Calcutta medical institutions reports 1871-78
Year: 1871
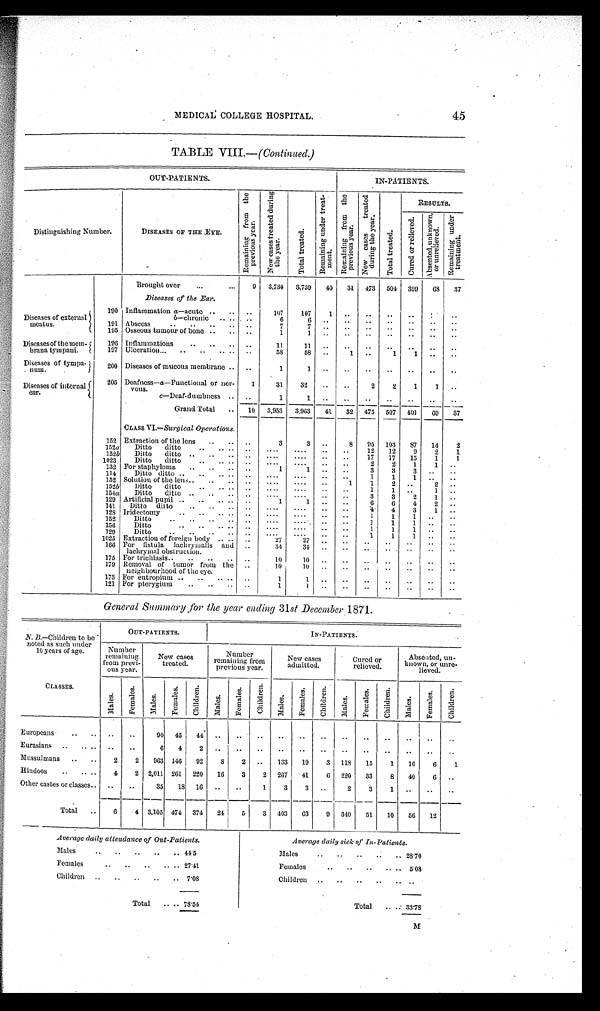
45
MEDICAL COLLEGE HOSPITAL.
TABLE VIII.— (Continued.)
OUT-PATIENTS.
IN-PATIENTS.
Distinguishing Number.
DISEASES OF THE EYE.
R e m a i n i n g f r o m t h e
p r e v i o u s y e a r .
N e w c a s e s t r e a t e d d u r i n g
t h e y e a r .
T o t a l t r e a t e d .
R e m a i n i n g u n d e r t r e a t -
ment .
R e m a i n i n g f r o m t h e
p r e v i o u s y e a r . N e w c a s e s t r e a t e d
d u r i n g t h e y e a r .
T o t a l t r e a t e d .
RESULTS.
C u r e d o r r e l i e v e d . A b s e n t e d , u n k n o w n ,
o r u n r e l i e v e d . R e m a i n i n g u n d e r
t r e a t me n t .
Brought over
. . .
. . . 9 3,730 3,739 40 31 473 504 399 68 37
Diseases of the Ear.
Diseases of external
meatus.
190 Inflammation a—acute .. .. ..
107 107
1
. .
. .
. .
. .
. . ..
b—c h r o n i c .. ..
6
6
. .
. .
. .
. .
. .
. .
. . ..
191 Abscess
.. .. .. .. ..
7
7
. .
. .
. .
. .
. .
. . ..
195 Osseous tumour of bone .. .. ..
1
1
. .
. .
. .
. .
. .
. . ..
Diseases of the mem-
brana tympani.
196 Inflammations .. .. .. ..
11
1 1
. .
. .
. .
. .
. .
. . ..
197 Ulceration... .. .. .. .. ..
58
58 ..
1 ..
1 1 .. ..
Diseases of tympa-
num.
200 Diseases of mucous membrane .. ..
1
1
. .
. . . .
. .
. .
. . ..
Diseases of internal
ear.
205 Deafness—a—Functional or ner-
vous.
1
31 32 .. ..
2 2 1 1 ..
c—D e a f - d u m b n e s s .. ..
1
1
. .
. .
. .
. .
. .
. . ..
Grand Total .. 10 3,953 3,963 41 32 475 507 401 69 37
CLASS VI.—Surgical Operations.
152 Extraction of the lens .. .. ..
3
3 ..
8 95 103 87 14 2
152a Ditto ditto
. . . . . . .. .... .... .. ..
12 12 9 2 1
152 b Ditto ditto .. .. .. . .
....
. . . . . .
. . 17 17 15 1 1
1023 Ditto ditto
.. .. .. .. .... .... .. ..
2 2 1 1 ..
132 For staphyloma .. .. .. ..
1
1
. .
. . 3 3 3 .. ..
114 Ditto ditto .. .. .. .. .. .... ....
. . ..
1 1 1 .. ..
152 Solution of the lens .. .. .. ..
....
. . . . ..
1 1 2 ..
2 ..
152 b Ditto ditto .. .. .. .. .... .... .. ..
1 1 ..
1 ..
154a Ditto ditto .. ..
. . .. .... .... .. ..
3 3 2 1 ..
129 Artificial pupil .. .. .. .. ..
1 1
. .
. . 6 6 4 2 ..
141 Ditto ditto .. .. .. .. .... .... .. ..
4 4 3 1 ..
128 Iridectomy
.. .. .. .. .. .... .... .. ..
1
1 1 .. ..
152 Ditto
.. .. .. .. .. .... .... .. ..
1
1 1
. . ..
156 Ditto
. . . . . . . . .. ....
. . . . .. ..
1
1 1
. . ..
129 Ditto .. .. ..
. . .. .... .... .. ..
1 1 1
. . ..
1025 Extraction of foreign body .. .. ..
27
27
. .
. . . . .. .. .. ..
166 For fistula lachrymalis and
lachrymal obstruction.
..
34
3 4
. .
. . . .
. . . .
. . ..
175 For trichiasis . . .. .. .. ..
10
10
. .
. . . .
. . . .
. . ..
179 Removal of tumor from the
neighbourhood of the eye.
..
10
10 ..
. . . .
. . . .
. .
. .
173 For entropium .. .. .. .. ..
1
1
. .
. .
. .
. .
. .
. .
..
121 For pterygium .. .. .. ..
1 1
. .
. .
. .
. .
. .
. .
..
General Summary for the year ending 31 st December 1871.
N. B.—Children to be
noted as such under
10 years of age.
OUT-PATIENTS.
IN-PATIENTS.
Number
remaining
from previ-
ous year.
New cases
treated.
Number
remaining from
previous year.
New cases
admitted.
Cured or
relieved.
Absented, un-
known, or unre-
lieved.
CLASSES.
M a l e s .
F e m a l e s .
M a l e s .
F e m a l e s .
C h i l d r e n .
M a l e s .
F e m a l e s .
C h i l d r e n .
M a l e s .
F e m a l e s . C h i l d r e n .
M a l e s .
F e m a l e s . C h i l d r e n .
M a l e s .
F e m a l e s .
C h i l d r e n .
Europeans ..
. . .. ..
90 45 44 . . . .
. .
. .
. . . . ..
. . . . . .
. .
. .
Eurasians .. .. .. .. .. 6 4 2
. . . .
. .
. .
. . . . ..
. . . . . .
. .
. .
Mussulmans .. .. 2 2 963 146 92 8 2 .. 133 19 3 118 15 1 16 6 1
Hindoos .. .. .. 4 2 2,011 261 220 16 3 2 267 41 6 220 33 8 40 6 ..
Other castes or classes . . .. ..
35 18 16 .. ..
1 3 3 ..
2 3
1
. .
. . . .
Total .. 6 4 3,105 474 374 24 5 3 403 63 9 i340 51 10 56 12
Average daily attendance of Out-Patients.
Average daily sick of In-Patients.
Males
.. .. .. .. .. 4 4 . 5
Males
.. .. .. .. .. 28.70
Females
.. .. .. .. .. 2 7 . 4 1
F e m a l e s
.. .. .. .. .. 5.08
Children .. .. .. .. .. 7 . 0 8
Children .. .. .. .. .. ..
Total .. .. 7 8 . 5 4
Total .. . . 33.78
M